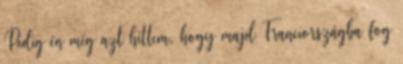
Pedig én még azt hittem, hogy majd Franciországba fog